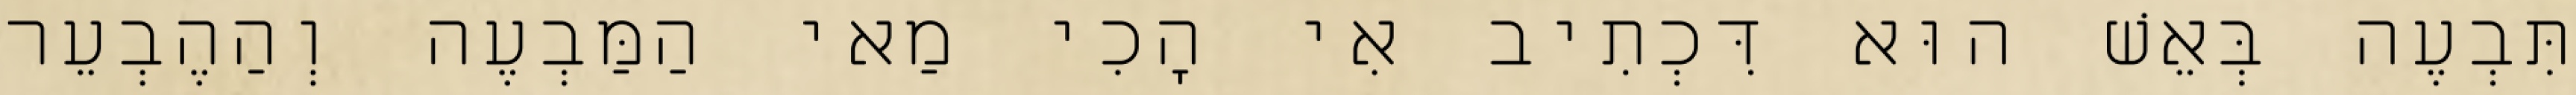
תִּבְעֶה בְּאֵשׁ הוּא דִּכְתִיב אִי הָכִי מַאי הַמַּבְעֶה וְהַהֶבְעֵר